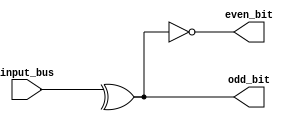
module parity(even_bit,odd_bit,input_bus);
output even_bit,odd_bit;
input[7:0] input_bus;
assign odd_bit = ^input_bus;
assign even_bit = ~odd_bit;
endmodule